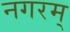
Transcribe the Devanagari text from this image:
नगरम्